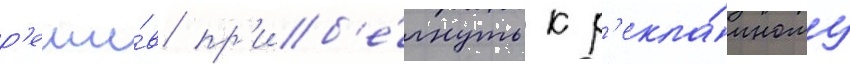
р'еши́в пр'иб'е́гнуть к р'екла́мному